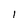
Character: l